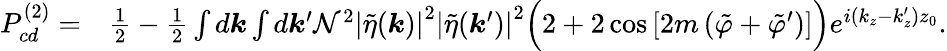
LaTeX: \begin{array}{rl}{P_{cd}^{(2)}=}&{{}\frac{1}{2}-\frac{1}{2}\int d\boldsymbol{k}\int d\boldsymbol{k}^{\prime}\mathcal{N}^{2}\left|\tilde{\eta}(\boldsymbol{k})\right|^{2}\left|\tilde{\eta}(\boldsymbol{k}^{\prime})\right|^{2}\Big(2+2\cos{\left[2m\left(\tilde{\varphi}+\tilde{\varphi}^{\prime}\right)\right]}\Big)e^{i(k_{z}-k_{z}^{\prime})z_{0}}.}\end{array}